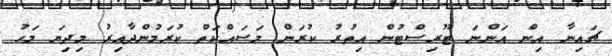
ޗައިނާ އިން އަންނަ ޓޫރިސްޓުން އިތުރު ކުރަން މަސައްކަތް ކުރަމުންދާއިރު މިދިޔަ މަހު